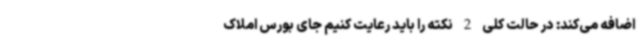
اضافه می‌کند: در حالت کلی 2 نکته را باید رعایت کنیم جای بورس املاک